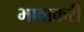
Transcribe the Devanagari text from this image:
भावाकरी